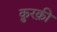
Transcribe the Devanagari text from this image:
क़ुरक़ी